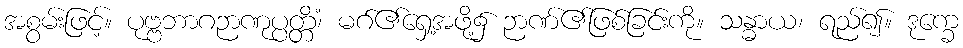
အစွမ်းဖြင့်။ ပုဗ္ဗဘာဂဉာဏုပ္ပတ္တိံ၊ မဂ်၏ရှေ့အဖို့၌ ဉာဏ်၏ဖြစ်ခြင်းကို။ သန္ဓာယ၊ ရည်၍။ ဒုက္ခေ